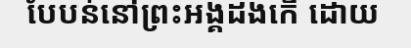
បែបន់នៅព្រះអង្គដងកើ ដោយ